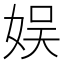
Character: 娱